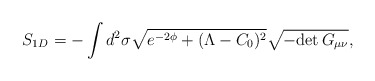
\begin{align*}S_{1D}= -\int d^2 \sigma \sqrt{e^{-2\phi}+(\Lambda-C_0)^2}\sqrt{-{\rm det}\, G_{\mu\nu}},\end{align*}